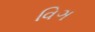
વિઞ